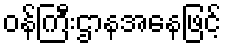
ဝန်ကြီးဌာနအနေဖြင့်